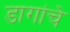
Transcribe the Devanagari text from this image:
डागांचे